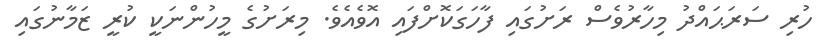
ހުރި ސަރަޙައްދު މިހާރުވެސް ރަށުގައި ފާހަގަކޮށްފައި އޮވެއެވެ. މިރަށުގެ މީހުންނަކީ ކުރީ ޒަމާނުގައި